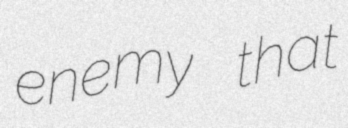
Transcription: enemy that